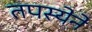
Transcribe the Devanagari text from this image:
तपस्येने